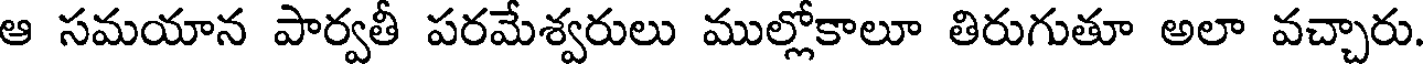
ఆ సమయాన పార్వతీ పరమేశ్వరులు ముల్లోకాలూ తిరుగుతూ అలా వచ్చారు